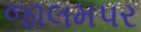
જાલમપર